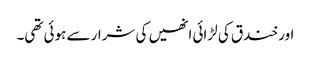
اور خندق کی لڑائی انھیں کی شرار سے ہوئی تھی۔